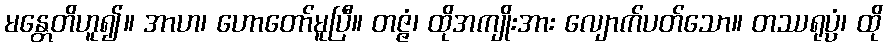
မန္တေတိဟူ၍။ အာဟ၊ ဟောတော်မူပြီ။ တဇ္ဇံ၊ ထိုအကျိုးအား လျောက်ပတ်သော။ တဿရုပ္ပံ၊ ထို